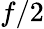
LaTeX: f/2